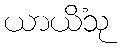
ယာယိံသု